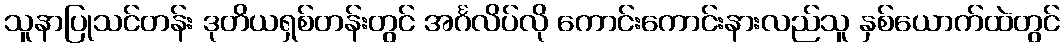
သူနာပြုသင်တန်း ဒုတိယရှစ်တန်းတွင် အင်္ဂလိပ်လို ကောင်းကောင်းနားလည်သူ နှစ်ယောက်ထဲတွင်